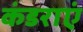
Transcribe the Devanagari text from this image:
कंडराएं